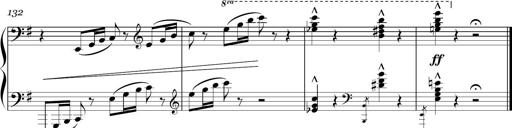
Title: Sonatina in E minor
Composer: Shuwen Zhang
Key: E minor